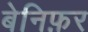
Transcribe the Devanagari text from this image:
बेनिफ़र